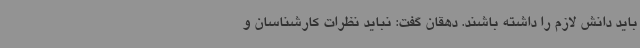
باید دانش لازم را داشته باشند. دهقان گفت: نباید نظرات کارشناسان و